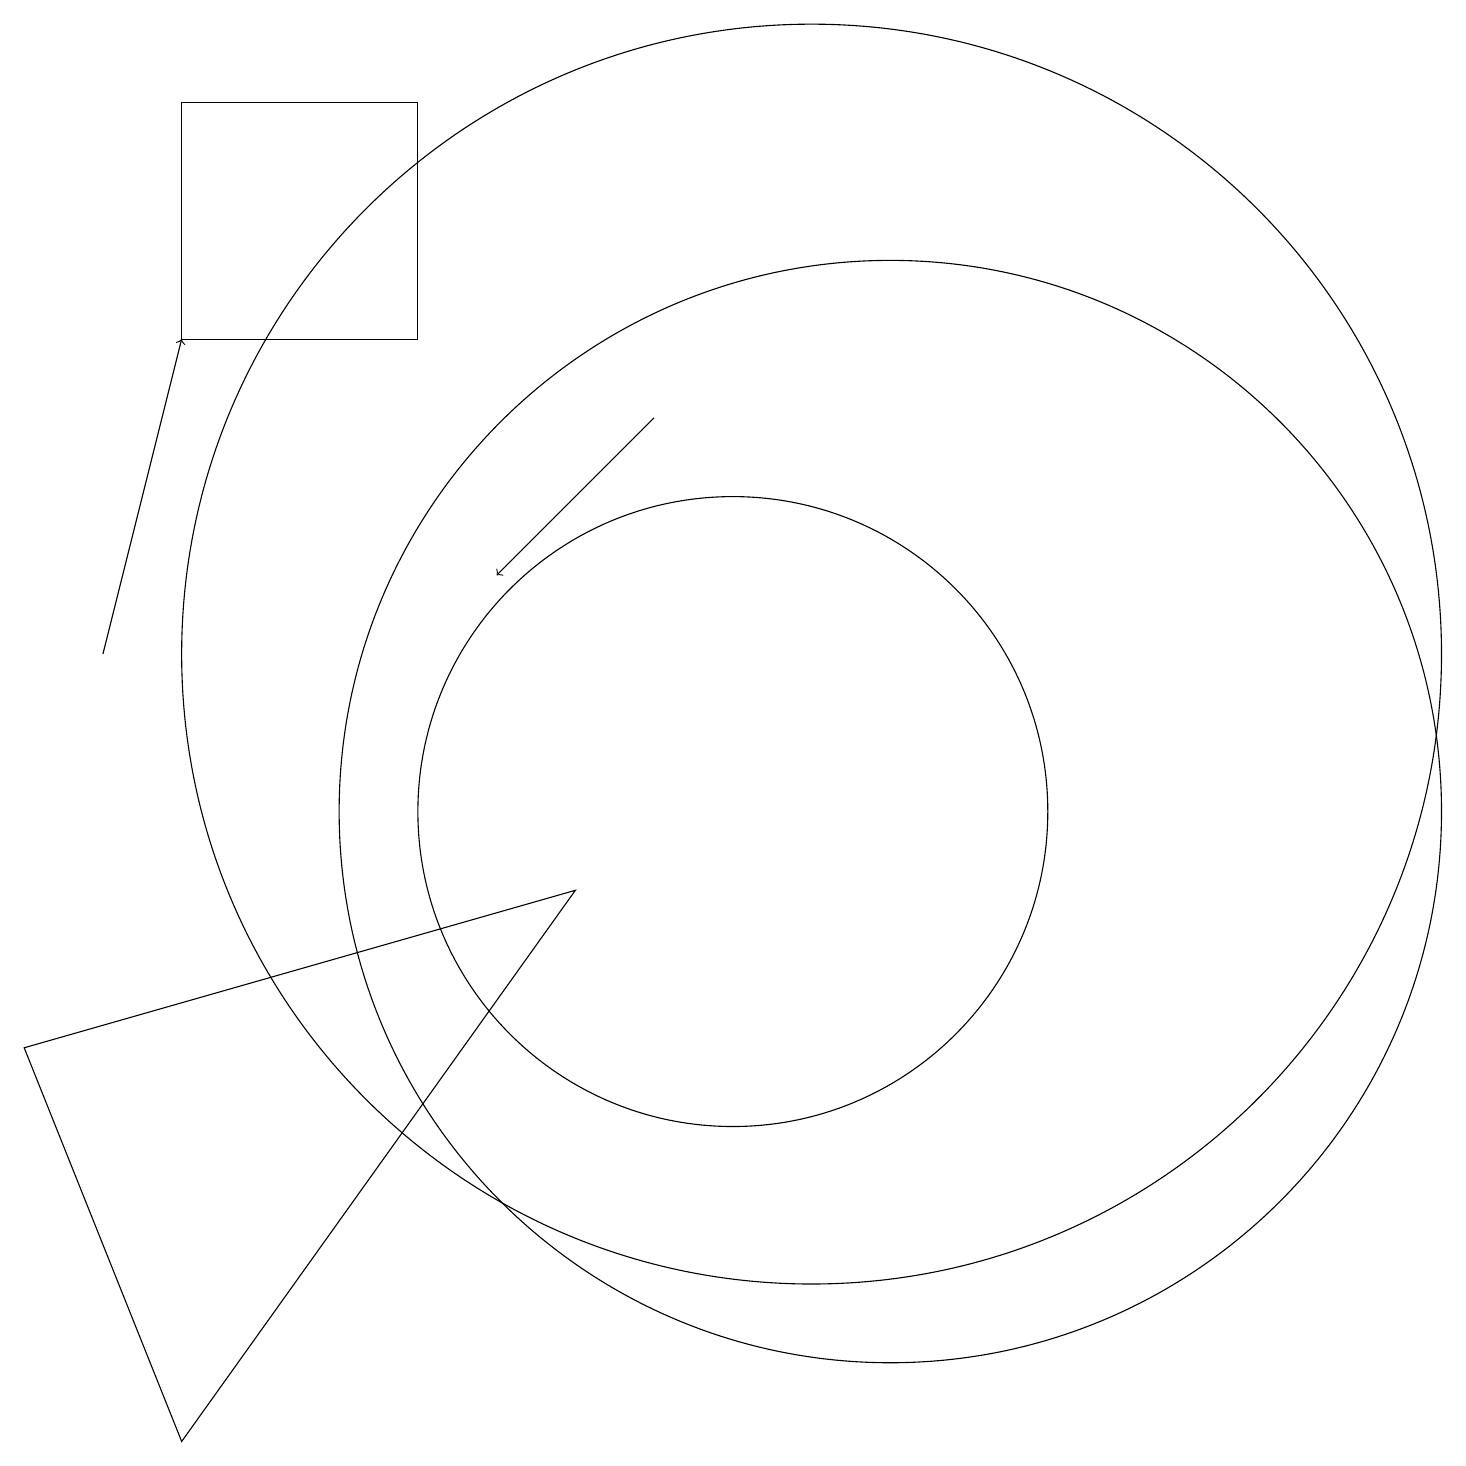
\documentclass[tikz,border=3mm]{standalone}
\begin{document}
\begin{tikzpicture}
\draw (12,10) circle (7);
\draw[->] (9,15) -- (7,13);
\draw (10,10) circle (4);
\draw[->] (2,12) -- (3,16);
\draw (11,12) circle (8);
\draw (3,19) rectangle (6,16);
\draw (8,9) -- (3,2) -- (1,7) -- cycle;
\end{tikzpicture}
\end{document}